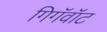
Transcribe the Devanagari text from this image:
गिगॅवॉट